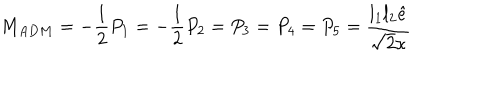
LaTeX: M _ { A D M } = - \frac 1 2 P _ { 1 } = - \frac 1 2 P _ { 2 } = P _ { 3 } = P _ { 4 } = P _ { 5 } = \frac { l _ { 1 } l _ { 2 } \hat { e } } { \sqrt { 2 } \kappa }